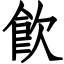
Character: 飮